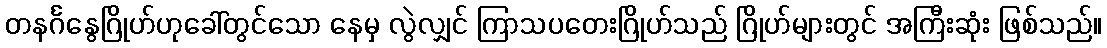
တနင်္ဂနွေဂြိုဟ်ဟုခေါ်တွင်သော နေမှ လွဲလျှင် ကြာသပတေးဂြိုဟ်သည် ဂြိုဟ်များတွင် အကြီးဆုံး ဖြစ်သည်။